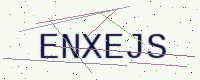
Text: ENXEJS